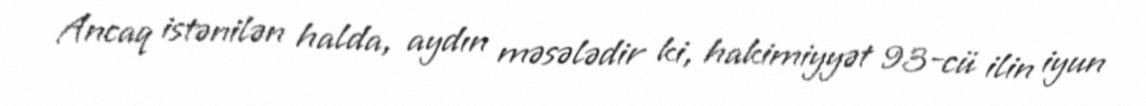
Ancaq istənilən halda, aydın məsələdir ki, hakimiyyət 93-cü ilin iyun